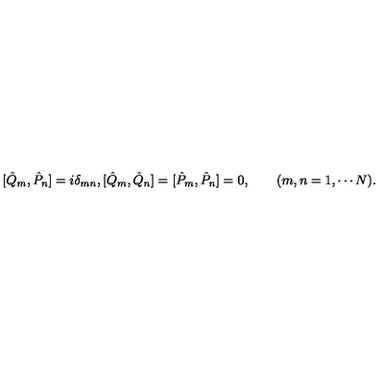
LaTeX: [ \hat { Q } _ { m } , \hat { P } _ { n } ] = i \delta _ { m n } , [ \hat { Q } _ { m } , \hat { Q } _ { n } ] = [ \hat { P } _ { m } , \hat { P } _ { n } ] = 0 , \qquad ( m , n = 1 , \cdots N ) .